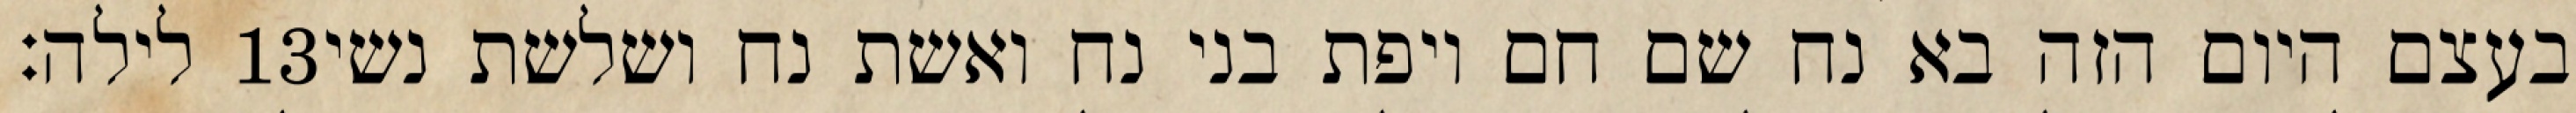
לילה׃ ‎13‏ בעצם היום הזה בא נח שם חם ויפת בני נח ואשת נח ושלשת נשי